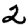
Digit: 2